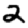
Digit: 2